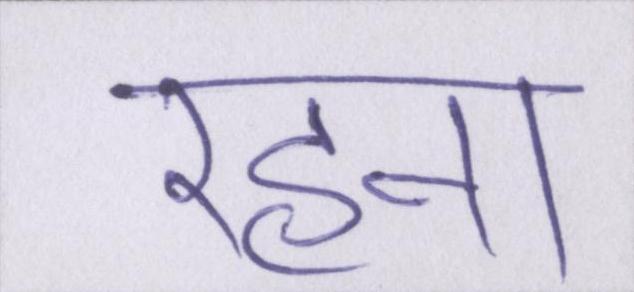
रहना